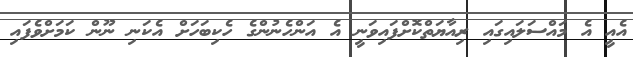
އެއީ އެ މައްސަލައިގައި ރިއާޔަތްކޮށްފައިވަނީ އެ އަންހެނުންގެ ހެކިބަހަށް އެކަނި ނޫން ކަމަށްވެފައި